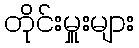
တိုင်းမှူးများ